Papers set at the Examination for Leaving Certificates, 1891
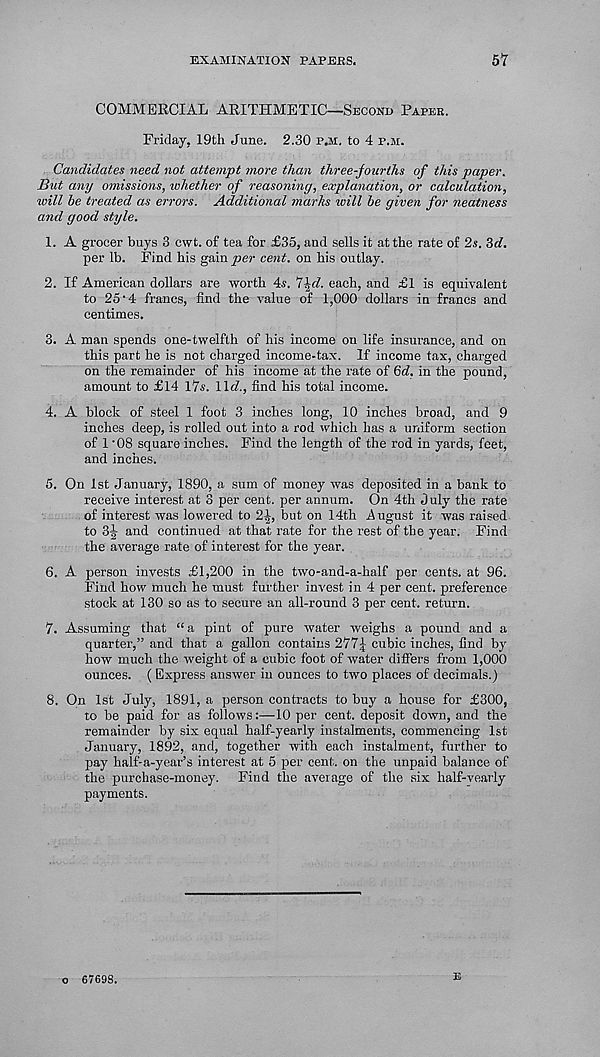
EXAMINATION PAPEBS.
57
COMMERCIAL ARITHMETIC—Second Paper.
Friday, 19th June. 2.30 p.m. to 4 p.m.
Candidates need not attempt more than three-fourths of this paper.
But any omissions, whether of reasoning, explanation, or calculation,
will be treated as errors. Additional marks will be given for neatness
and good style.
1. A grocer buys 3 cwt. of tea for £35, and sells it at the rate of 2s. 3tf.
per lb. Find his gainyjer cent, on his outlay.
2. If American dollars are worth 4s. 7^. each, and £1 is equivalent
to 25‘4 francs, find the value of 1,000 dollars in francs and
centimes.
3. A man spends one-twelfth of his income on life insurance, and on
this part he is not charged income-tax. If income tax, charged
on the remainder of his income at the rate of Qd. in the pound,
amount to £14 17s. 11<7., find his total income.
4. A block of steel 1 foot 3 inches long, 10 inches broad, and 9
inches deep, is rolled out into a rod which has a uniform section
of 1 '08 square inches. Find the length of the rod in yards, feet,
and inches.
5. On 1st January, 1890, a sum of money was deposited in a bank to
receive interest at 3 per cent, per annum. On 4th July the rate
of interest was lowered to 2^, but on 14th August it was raised
to 3-J- and continued at that rate for the rest of the year. Find
the average rate of interest for the year. .
6. A person invests £1,200 in the two-and-a-half per cents, at 96.
Find how much he must further invest in 4 per cent, preference
stock at 130 so as to secure an all-round 3 per cent, return.
7. Assuming that “ a pint of pure water weighs a pound and a
quarter,” and that a gallon contains 277| cubic inches, find by
how much the weight of a cubic foot of water differs from 1,000
ounces. (Express answer in ounces to two places of decimals.)
8. On 1st July, 1891, a person contracts to buy a house for £300,
to be paid for as follows:—10 per cent, deposit down, and the
remainder by six equal half-yearly instalments, commencing 1st
January, 1892, and, together with each instalment, further to
pay half-a-year’s interest at 5 per cent, on the unpaid balance of
the purchase-money. Find the average of the six half-vearly
payments.
E
o 67698.